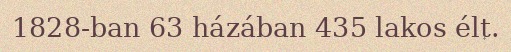
1828-ban 63 házában 435 lakos élt.